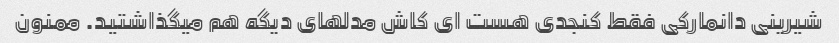
شیرینی دانمارکی فقط کنجدی هست ای کاش مدلهای دیگه هم میگذاشتید. ممنون